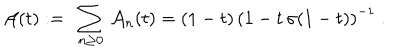
{ \cal A } ( t ) : = \ \sum _ { n \ge 0 } \, { \cal A } _ { n } ( t ) = ( 1 - t ) \, \left( 1 - t \, \sigma ( 1 - t ) \right) ^ { - 1 } \ .